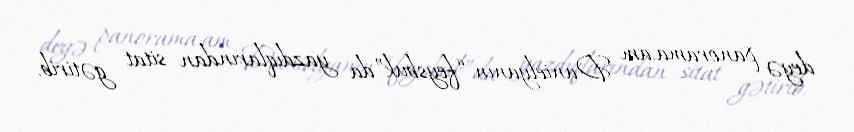
deyə panorama.am Danielyanın “feysbuk”da yazdıqlarından sitat gətirib.